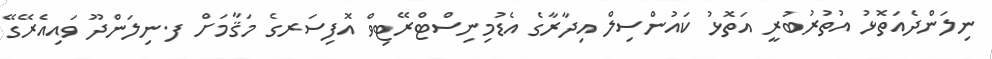
ނިލަންދެއަތޮޅު އުތުރުބުރީ އަތޮޅު ކައުންސިލް އިދާރާގެ އެޑުމިނިސްޓްރޭޓިވް އޮފިސަރގެ މަޤާމަށް ފ.ނިލަންދޫ ވައިއެރޭގޭ